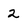
Character: 2